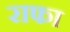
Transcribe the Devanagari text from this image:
राफा